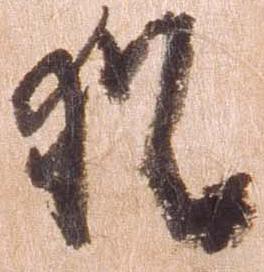
猶